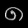
Digit: ၈